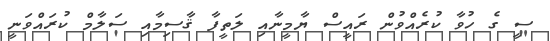
ސީ ގެ ހުވާ ކުރެއްވުން ރައީސް ޔާމީނާއި ލަތީފާ ޤާސިމާއި ސަލާމް ކުރައްވަނީ